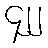
၄၂၂